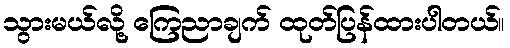
သွားမယ်လို့ ကြေညာချက် ထုတ်ပြန်ထားပါတယ်။